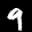
Label: 9